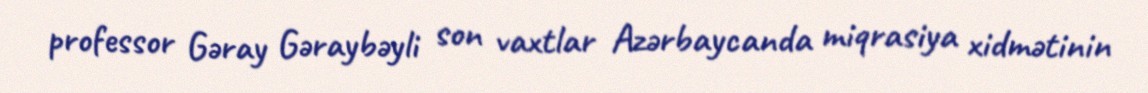
professor Gəray Gəraybəyli son vaxtlar Azərbaycanda miqrasiya xidmətinin